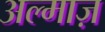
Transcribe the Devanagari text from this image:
अल्माज़